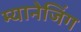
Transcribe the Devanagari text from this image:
म्यानेजिंग